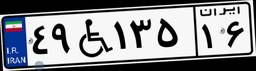
۸۸W۳۱۶۱۴